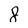
Character: 8